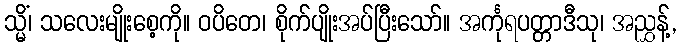
သ္မိံ၊ သလေးမျိုးစေ့ကို။ ဝပိတေ၊ စိုက်ပျိုးအပ်ပြီးသော်။ အင်္ကုရပတ္တာဒီသု၊ အညွှန့်,